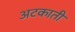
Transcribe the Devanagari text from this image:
अटकाती